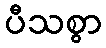
ပီသစွာ